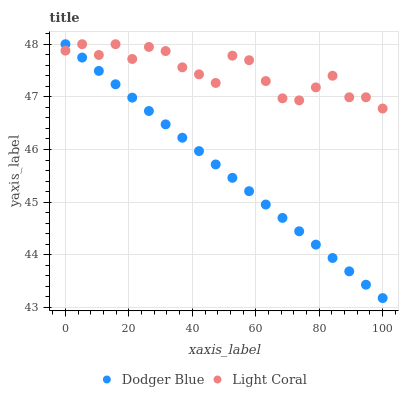
| xaxis_label | Dodger Blue | Light Coral |
 | --- | --- | --- |
 | 0 | 48 | 47.9 |
 | 5.26 | 47.7 | 48 |
 | 10.5 | 47.5 | 47.8 |
 | 15.8 | 47.2 | 48 |
 | 21.1 | 47 | 47.7 |
 | 26.3 | 46.7 | 47.9 |
 | 31.6 | 46.5 | 47.9 |
 | 36.8 | 46.2 | 47.6 |
 | 42.1 | 46 | 47.4 |
 | 47.4 | 45.7 | 47.3 |
 | 52.6 | 45.5 | 47.8 |
 | 57.9 | 45.2 | 47.7 |
 | 63.2 | 45 | 47.3 |
 | 68.4 | 44.7 | 47 |
 | 73.7 | 44.4 | 46.9 |
 | 78.9 | 44.2 | 47.2 |
 | 84.2 | 43.9 | 47.4 |
 | 89.5 | 43.7 | 47 |
 | 94.7 | 43.4 | 47 |
 | 100 | 43.2 | 46.8 |